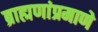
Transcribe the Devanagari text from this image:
ब्राह्मणांप्रमाणे